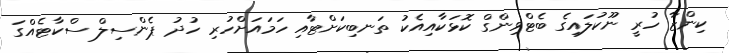
ކިންޒާ ހުރީ ނޫކުލައިގެ ބެޓްވިންގް ކޮޅަކާއިއެކު ތަނބިކަށްޓާއި ހަމައަށްހުރި ހުދު ޕެންސިލް ސްކާޓެއްގަ